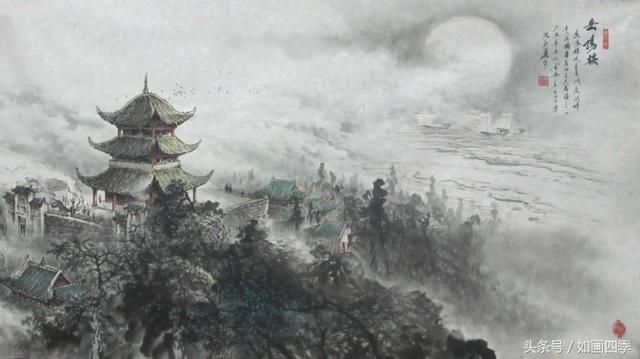
古来存老马，不必取长途。